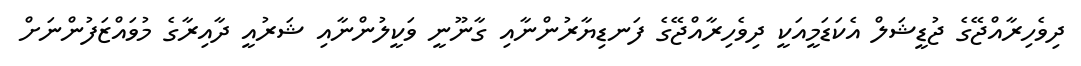
ދިވެހިރާއްޖޭގެ ޖުޑީޝަލް އެކަޑަމީއަކީ ދިވެހިރާއްޖޭގެ ފަނޑިޔާރުންނާއި ގާނޫނީ ވަކީލުންނާއި ޝަރުއީ ދާއިރާގެ މުވައްޒަފުންނަށް